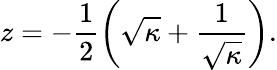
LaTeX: z=-\frac{1}{2}\left(\sqrt{\kappa}+\frac{1}{\sqrt{\kappa}}\right).